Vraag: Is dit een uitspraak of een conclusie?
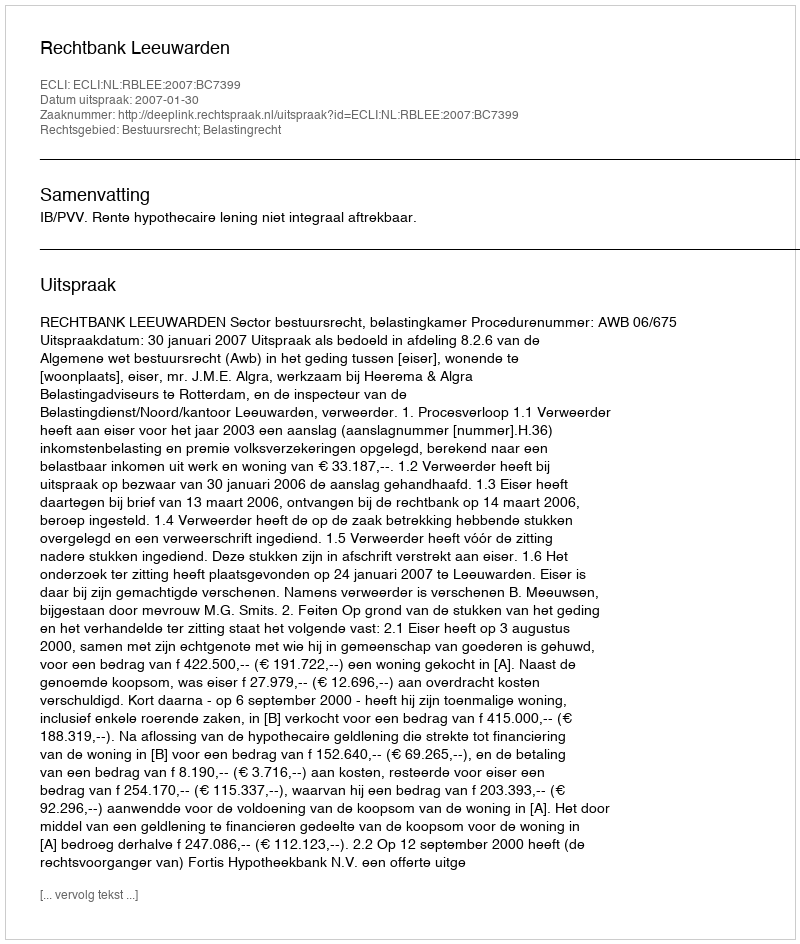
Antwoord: Uitspraak